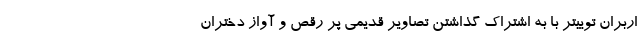
اربران توییتر با به اشتراک گذاشتن تصاویر قدیمی پر رقص و آواز دختران